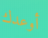
أوعدك